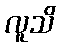
လူသိ